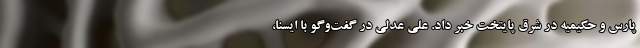
پارس و حکیمیه در شرق پایتخت خبر داد. علی عدلی در گفت‌وگو با ایسنا،